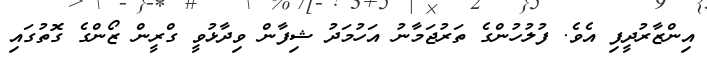
އިންޒާރުދީފި އެވެ. ފުލުހުންގެ ތަރުޖަމާނު އަހުމަދު ޝިފާން ވިދާޅުވީ ގްރީން ޒޯންގެ ގޮތުގައި